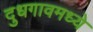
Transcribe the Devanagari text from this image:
दुधगावमध्ये